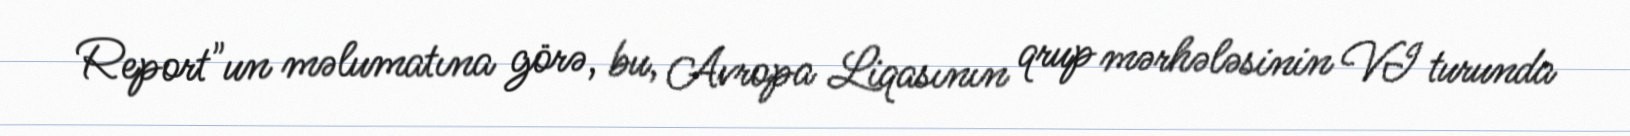
Report"un məlumatına görə, bu, Avropa Liqasının qrup mərhələsinin VI turunda